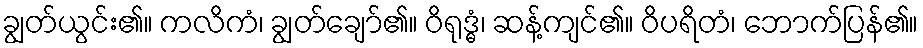
ချွတ်ယွင်း၏။ ကလိကံ၊ ချွတ်ချော်၏။ ဝိရုဒ္ဓံ၊ ဆန့်ကျင်၏။ ဝိပရိတံ၊ ဘောက်ပြန်၏။